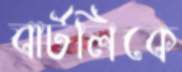
বার্টলিকে